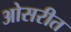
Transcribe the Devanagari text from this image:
ओसरीत